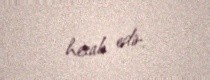
hesab edir.